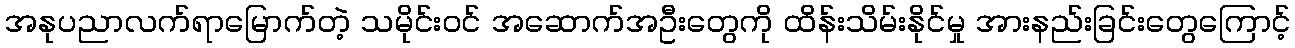
အနုပညာလက်ရာမြောက်တဲ့ သမိုင်း၀င် အဆောက်အဦးတွေကို ထိန်းသိမ်းနိုင်မှု အားနည်းခြင်းတွေကြောင့်